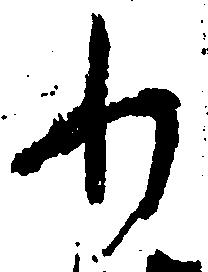
わ